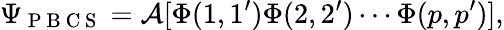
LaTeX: \Psi_{\mathrm{~P~B~C~S~}}=\mathcal{A}[\Phi(1,1^{\prime})\Phi(2,2^{\prime})\cdots\Phi(p,p^{\prime})],